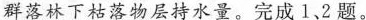
群落林下枯落物层持水量。完成1、2题